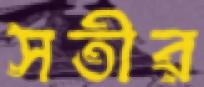
সতীর